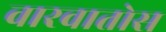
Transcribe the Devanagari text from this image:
वारवातोस